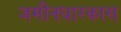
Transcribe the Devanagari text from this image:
जमीनधारकास